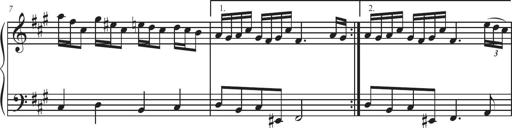
Title: Sonatina Espania
Composer: Jerald Franklin Archer
Key: Various